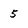
Character: 5